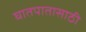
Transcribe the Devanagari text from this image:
घातपातासाठी